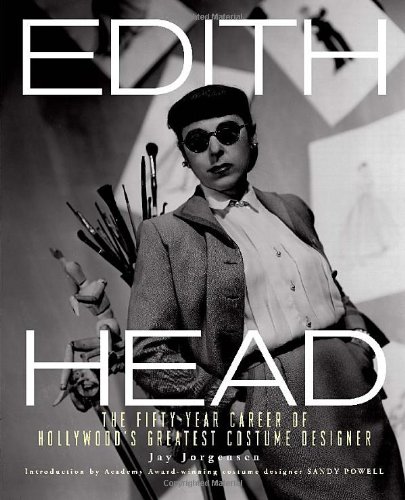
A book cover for Edith Head: The Fifty-Year Career of Hollywood's Greatest Costume Designer; Jay Jorgensen; Arts & Photography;